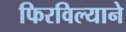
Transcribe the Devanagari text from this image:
फिरविल्याने